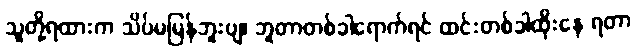
သူတို့ရထားက သိပ်မမြန်ဘူးဗျ၊ ဘူတာတစ်ခါရောက်ရင် ထင်းတစ်ခါထိုးနေ ရတာ